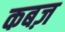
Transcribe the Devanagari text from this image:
कबज़